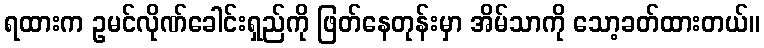
ရထားက ဥမင်လိုဏ်ခေါင်းရှည်ကို ဖြတ်နေတုန်းမှာ အိမ်သာကို သော့ခတ်ထားတယ်။